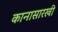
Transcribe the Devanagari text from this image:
कानासारखी